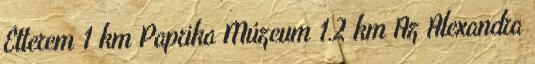
Étterem 1 km Paprika Múzeum 1.2 km Az Alexandra